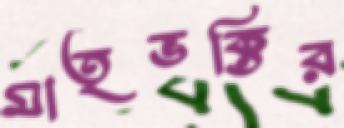
মাতৃভক্তির